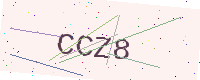
Text: CCZ8